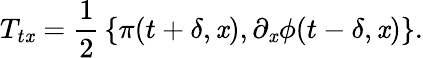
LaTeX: T_{t\mathit{x}}={\frac{{1}}{{2}}}\left\{ \pi(t+\delta,\mathit{x}),\partial_{\mathit{x}}\phi(t-\delta,\mathit{x})\right\} .